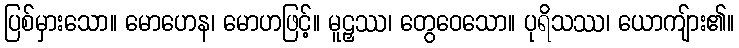
ပြစ်မှားသော။ မောဟေန၊ မောဟဖြင့်။ မူဠှဿ၊ တွေဝေသော။ ပုရိသဿ၊ ယောကျ်ား၏။